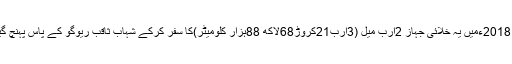
جون 2018ءمیں یہ خلائی جہاز 2ارب میل (3ارب21کروڑ68لاکھ 88ہزار کلومیٹر)کا سفر کرکے شہاب ثاقب ریوگو کے پاس پہنچ گیا تھا۔